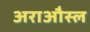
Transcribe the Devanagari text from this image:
अराऔस्ल